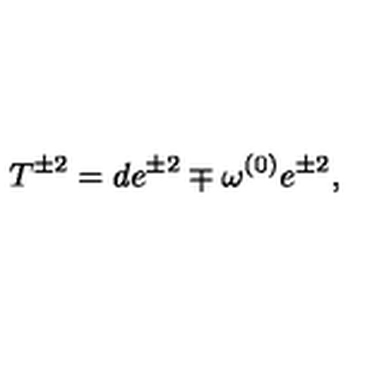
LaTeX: T ^ { \pm 2 } = d e ^ { \pm 2 } \mp \omega ^ { ( 0 ) } e ^ { \pm 2 } ,